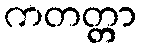
ကတတ္တာ